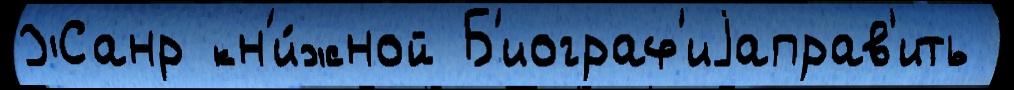
Жанр кн'и́жной Б'иограф'иjаправ'ить